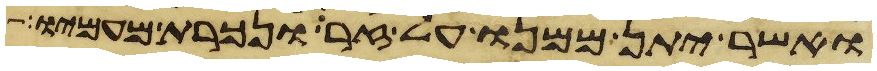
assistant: ואשר יתן ממנו על זר ונכרת מעמיו